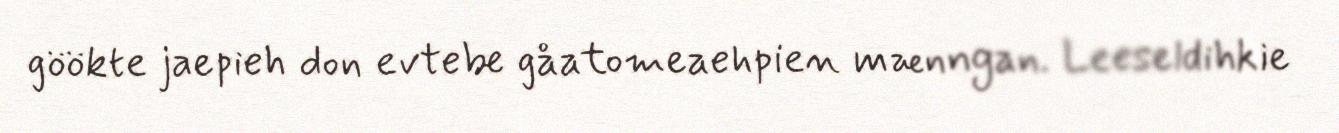
göökte jaepieh don evtebe gåatomeaehpien mænngan. Leeseldihkie